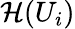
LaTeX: {\mathcal{H}}(U_{i})